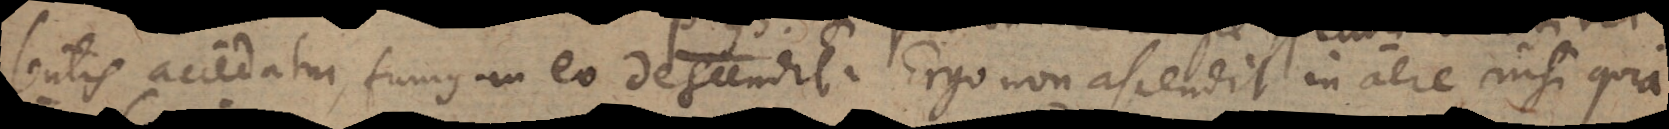
lentis accendatur, fumus in eo descendit. Ergo non ascendit in aere nisi quia